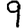
Digit: 9